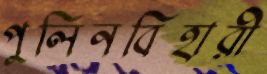
পুলিনবিহারী